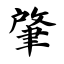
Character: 肇